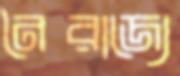
নৈরাজ্যে